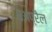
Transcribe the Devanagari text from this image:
८अप्रैल